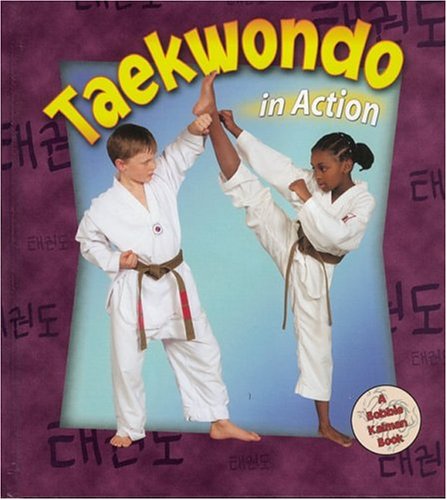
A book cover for Taekwondo in Action (Sports in Action); Kelley Macaulay; Children's Books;